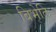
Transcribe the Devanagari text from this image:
बिभेति